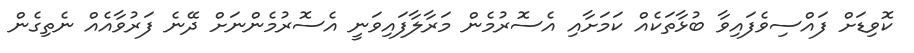
ކޮވިޑަށް ފައްސިވެފައިވާ ބުޅާތަކެއް ކަމަށާއި އެސޮރުމެން މަރާލާފައިވަނީ އެސޮރުމެންނަށް ދޭނެ ފަރުވާއެއް ނެތިގެން